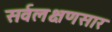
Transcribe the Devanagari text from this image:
सर्वलक्षणसार